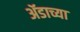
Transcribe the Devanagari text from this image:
ॲडाच्या